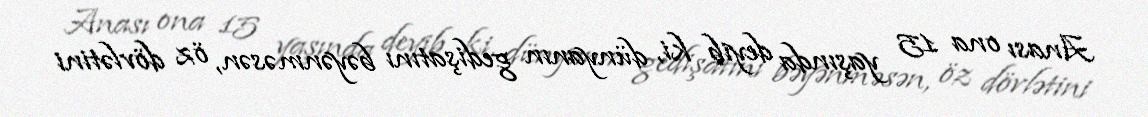
Anası ona 15 yaşında deyib ki, dünyanın gedişatını bəyənməsən, öz dövlətini